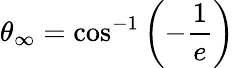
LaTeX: \theta_{\infty}=\cos^{-1}\left(-{\frac{1}{e}}\right)